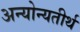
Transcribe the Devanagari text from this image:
अन्योन्यतीर्थ